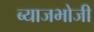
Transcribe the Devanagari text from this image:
ब्याजभोजी